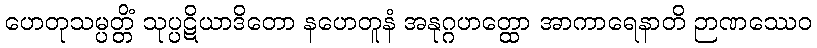
ဟေတုသမ္ပတ္တိံ သုပ္ပဋိယာဒိတော နဟေတူနံ အနုဂ္ဂဟတ္ထော အာကာရေနာတိ ဉာဏဿေဝ